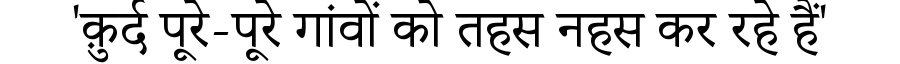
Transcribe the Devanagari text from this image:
'क़ुर्द पूरे-पूरे गांवों को तहस नहस कर रहे हैं'